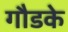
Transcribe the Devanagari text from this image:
गौडके